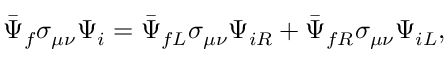
\bar { \Psi } _ { f } \sigma _ { \mu \nu } \Psi _ { i } = \bar { \Psi } _ { f L } \sigma _ { \mu \nu } \Psi _ { i R } + \bar { \Psi } _ { f R } \sigma _ { \mu \nu } \Psi _ { i L } ,